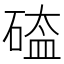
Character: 𥔐